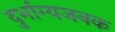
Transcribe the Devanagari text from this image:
दुर्भाग्यजनक